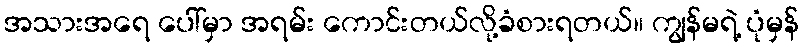
အသားအရေ ပေါ်မှာ အရမ်း ကောင်းတယ်လို့ခံစားရတယ်။ ကျွန်မရဲ့ ပုံမှန်